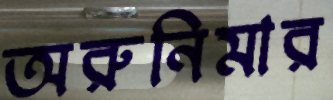
অরুনিমার